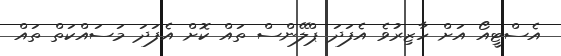
އެސްޓީއޯ އަށް ހާޒިރުވެ އެފަދަ ޕްލޭންސް ތައް ކޮށް އެފަދަ މަސައްކަތް ތައް